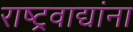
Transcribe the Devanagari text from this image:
राष्ट्रवाद्यांना